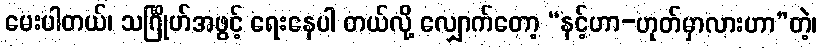
မေးပါတယ်၊ သင်္ဂြိုဟ်အဖွင့် ရေးနေပါ တယ်လို့ လျှောက်တော့ “နင့်ဟာ-ဟုတ်မှာလားဟာ”တဲ့၊